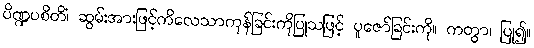
ပိဏ္ဍပစိတိံ၊ ဆွမ်းအားဖြင့်ကိလေသာကုန်ခြင်းကိုပြုသဖြင့် ပူဇော်ခြင်းကို။ ကတွာ၊ ပြု၍။